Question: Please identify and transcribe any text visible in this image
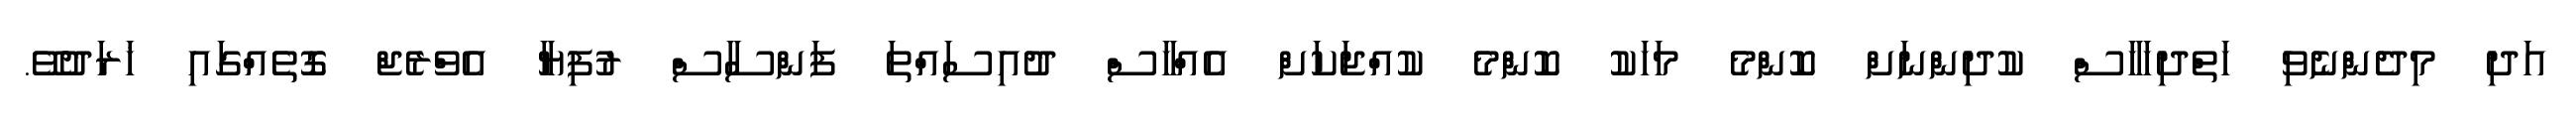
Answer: އަދި މިދެންނެވި ހަތްދިހަހާސް ކުދިންނަށް ކޮންމެ މަހަކު ކޮންމެ ކުއްޖަކަށް އެއްހާސް ދުއިސައްތަ ފަންސާސް ރުފިޔާ އެވްރެޖް ގޮތެއްގައި ޚަރަދުވޭ.